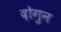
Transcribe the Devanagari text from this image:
दोगुन